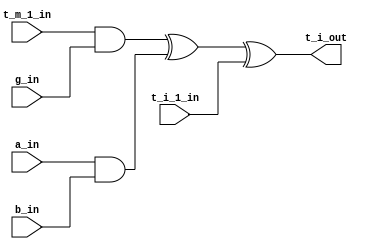
//Design:           SystolicMUL_163_8_digits
//
//
//Use:              3xor cell.
//
//
//Version           Date                Note
//  1.0             2014/12/20          Original created
//
//----------------------------------------------------------

module cell_3(
//-----input-----
  a_in,
  g_in,
  b_in,
  t_m_1_in,
  t_i_1_in,
//-----output----- 
  t_i_out
);

input a_in;
input g_in;
input b_in;
input t_m_1_in;
input t_i_1_in;

output t_i_out;

assign t_i_out= (t_m_1_in & g_in) ^ (a_in & b_in) ^ t_i_1_in;

endmodule